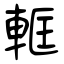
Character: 軭